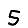
Digit: 5